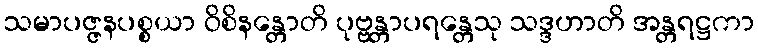
သမာပဇ္ဇနပစ္စယာ ဝိစိနန္တောတိ ပုဗ္ဗန္တာပရန္တေသု သဒ္ဒဟာတိ အန္တရဋ္ဌကာ